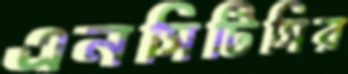
এনসিটিসির